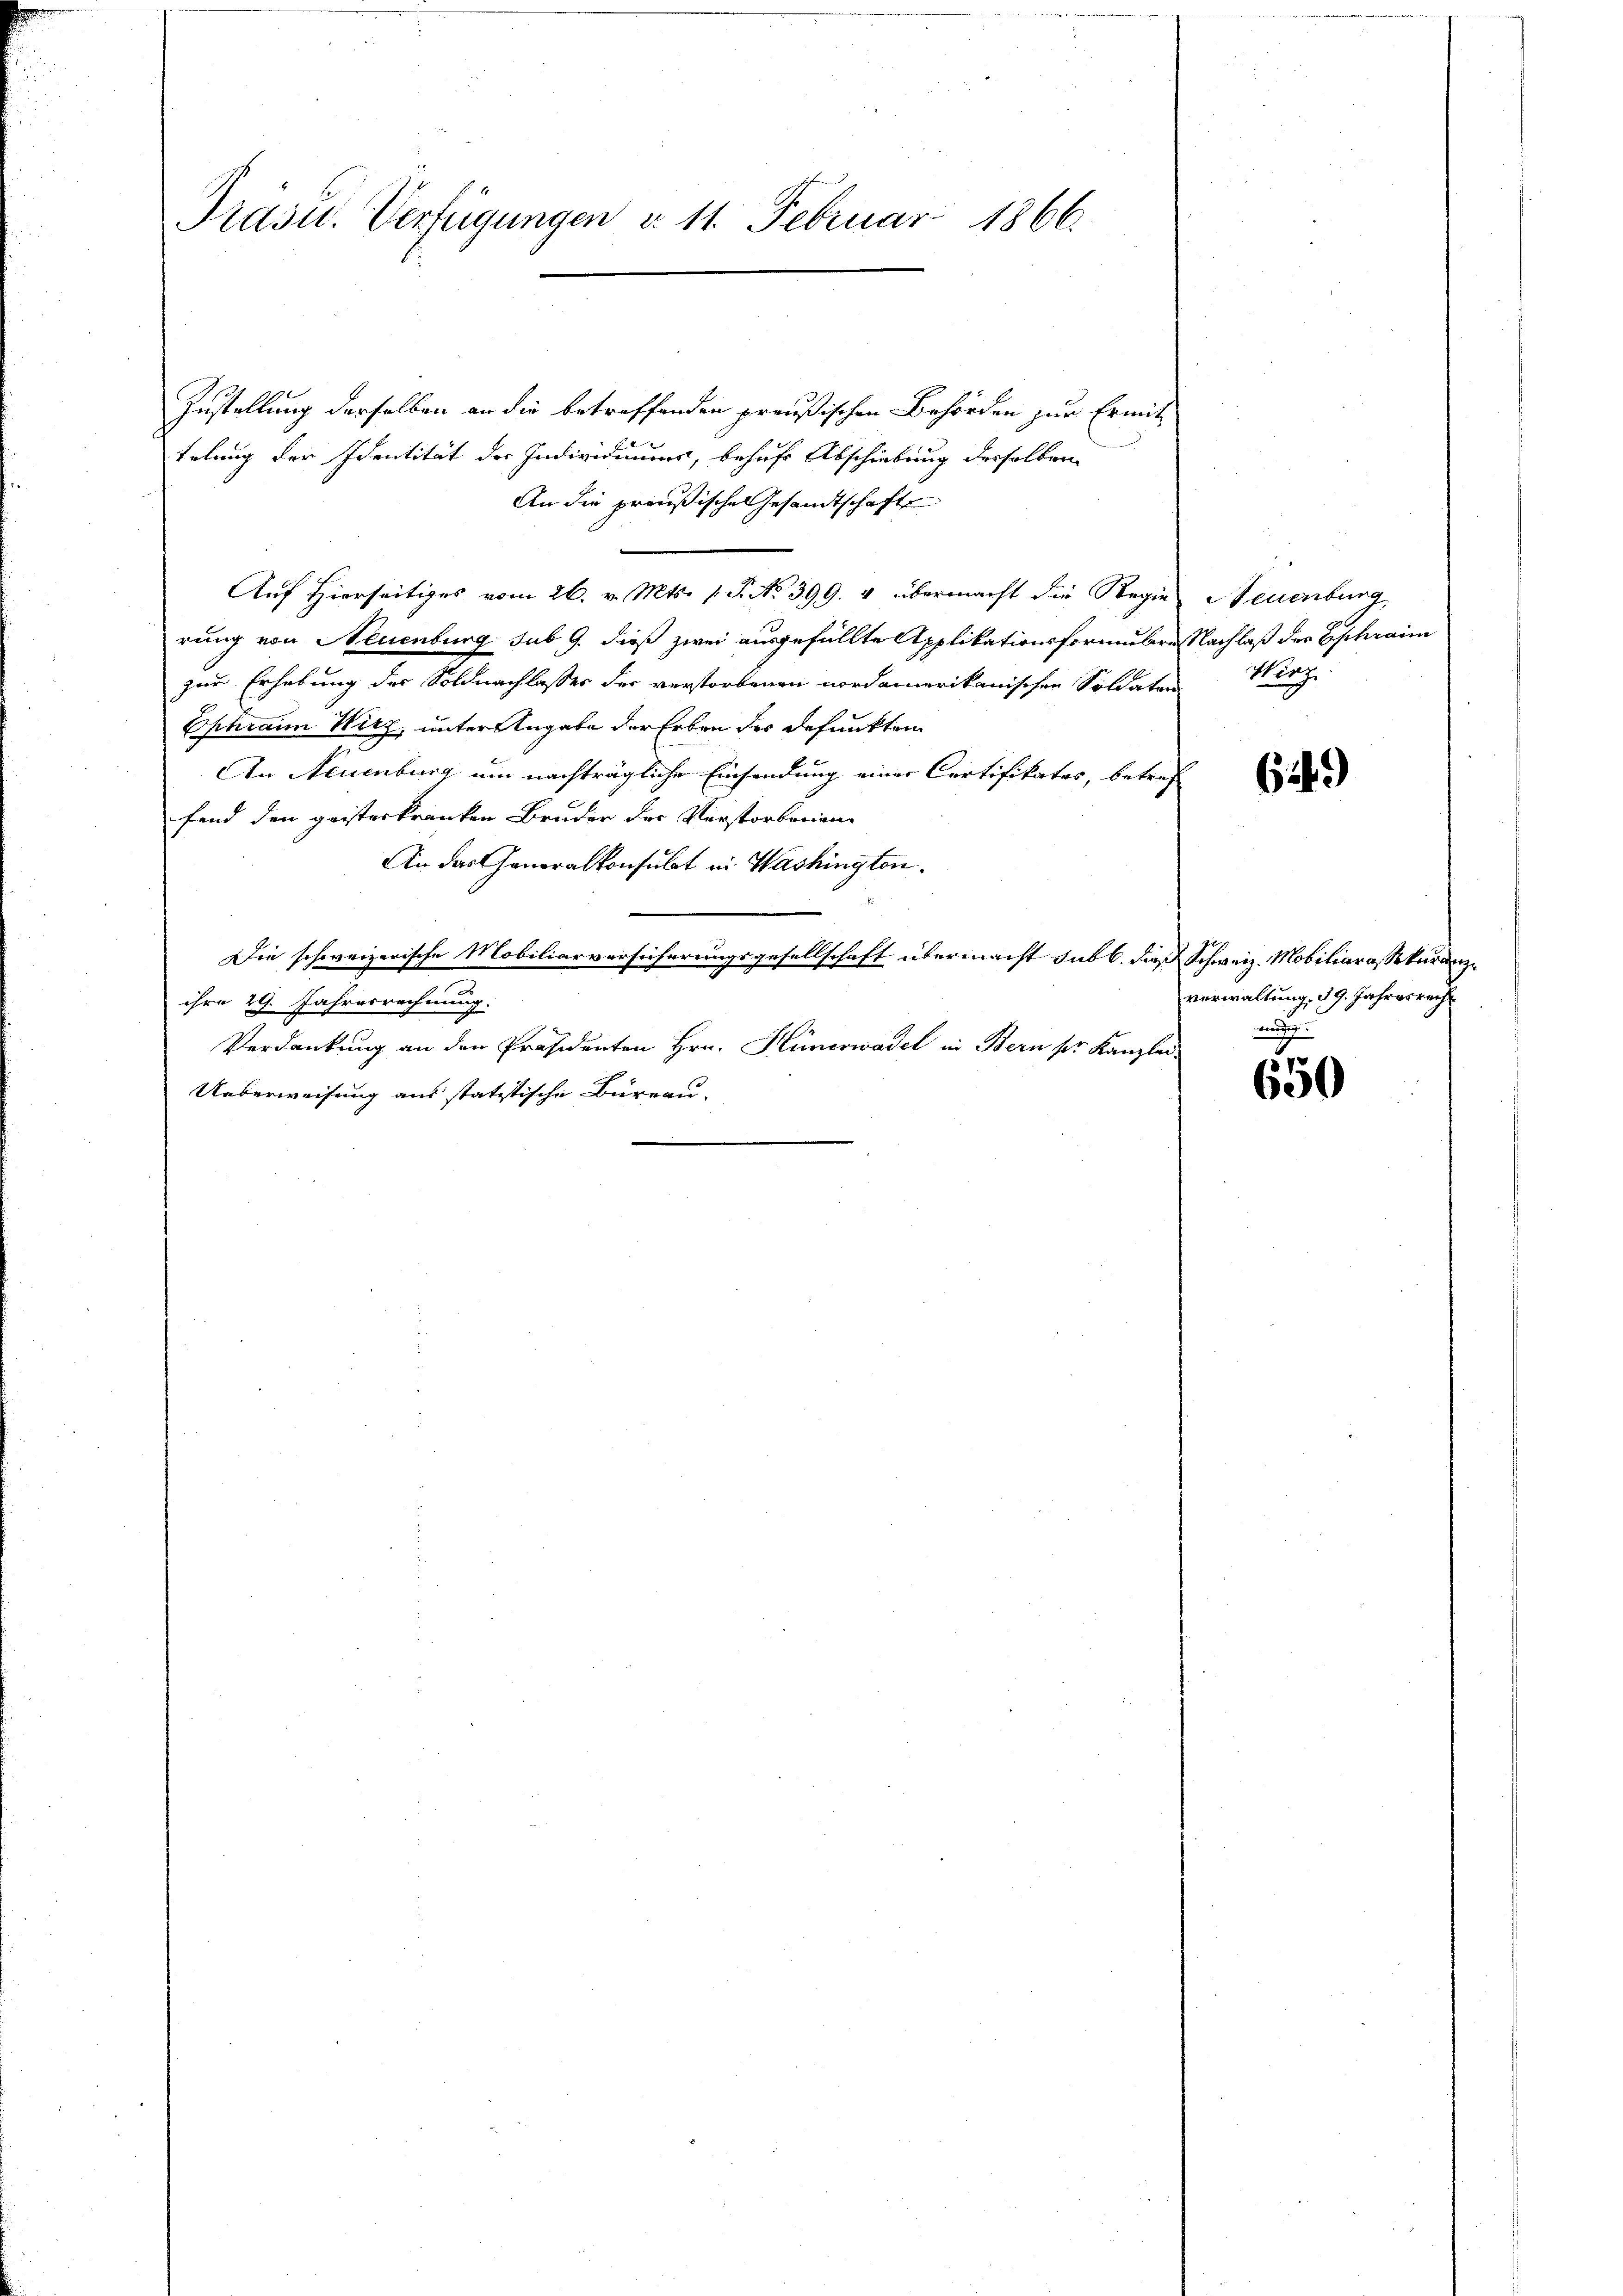
Präsid. Verfügungen d. 11. Februar 1866.

Zustellung derselben an die betreffenden preußischen Behörden zur Ermit
telung der Identität der Individuums, behufe Abschiebung derselben
An die preußische Gesandtschaft
Auf Hierseitiges vom 26. v. Mts. p. P. No 399. 4 übermacht die Regie Neuenburg,
rung von Neuenburg sub 9. dieß zwei ausgefüllte Applikationsformubres Nachlaß der Ephraim
zur Erhebung des Soldnachlasses der verstorbenen nordamerikanischen Soldaten
Ephrain Wirz, unter Angabe der Erben der defunkten
An Neuenburg um nachträgliche Einsendung einer Certifikates, betref
fand den geisterkranken Bruder der Verstorbenen
An das Generalkonsulat in Washington.
Die schweizerische Mobiliarversicherungsgesellschaft übermacht sub b. daß Schweiz. Mobiliarassekuranzihre 29. Jahresrechnung.
Verdankung an den Präsidenten Hrn. Hünerwadel in Bern pr. Kanzlei-
Ueberweisung aus statitische Büreau.

Herz!

649)

verwaltung. 19. Jahresrecht
wendig

650